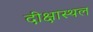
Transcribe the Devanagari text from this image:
दीक्षास्थल